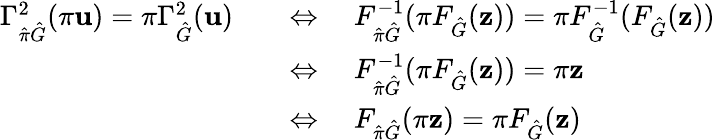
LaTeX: \begin{array}{rl}{\Gamma_{\hat{\pi}\hat{G}}^{2}(\pi\mathbf{u})=\pi\Gamma_{\hat{G}}^{2}(\mathbf{u})}&{\quad\Leftrightarrow\quad F_{\hat{\pi}\hat{G}}^{-1}(\pi F_{\hat{G}}(\mathbf{z}))=\pi F_{\hat{G}}^{-1}(F_{\hat{G}}(\mathbf{z}))}\\ &{\quad\Leftrightarrow\quad F_{\hat{\pi}\hat{G}}^{-1}(\pi F_{\hat{G}}(\mathbf{z}))=\pi\mathbf{z}}\\ &{\quad\Leftrightarrow\quad F_{\hat{\pi}\hat{G}}(\pi\mathbf{z})=\pi F_{\hat{G}}(\mathbf{z})}\end{array}